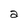
Character: a